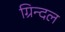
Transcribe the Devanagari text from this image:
ग्रिन्दल